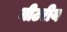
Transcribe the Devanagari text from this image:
मीटरीय